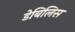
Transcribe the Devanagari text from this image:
डेबिलिस